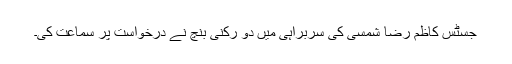
جسٹس کاظم رضا شمسی کی سربراہی میں دو رکنی بنچ نے درخواست پر سماعت کی۔